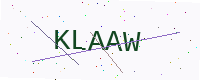
Text: KLAAW